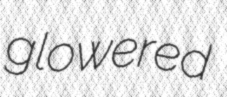
glowered